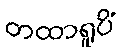
တထာရူပိံ